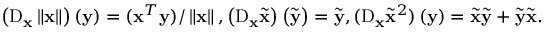
\left( \mathrm { D } _ { \mathbf { x } } \left\Vert \mathbf { x } \right\Vert \right) \left( \mathbf { y } \right) = ( \mathbf { x } ^ { T } \mathbf { y } ) / \left\Vert \mathbf { x } \right\Vert , \left( \mathrm { D } _ { \mathbf { x } } \tilde { \mathbf { x } } \right) \left( \tilde { \mathbf { y } } \right) = \tilde { \mathbf { y } } , ( \mathrm { D } _ { \mathbf { x } } \tilde { \mathbf { x } } ^ { 2 } ) \left( \mathbf { y } \right) = \tilde { \mathbf { x } } \tilde { \mathbf { y } } + \tilde { \mathbf { y } } \tilde { \mathbf { x } } .